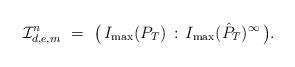
LaTeX: \begin{align*} \mathcal{I}^n_{d,e,m} \,\, = \,\, \bigl(\, I_{\rm max} ( P_T) \,: \,I_{\rm max} (\hat P_T)^\infty \,\bigr) . \end{align*}